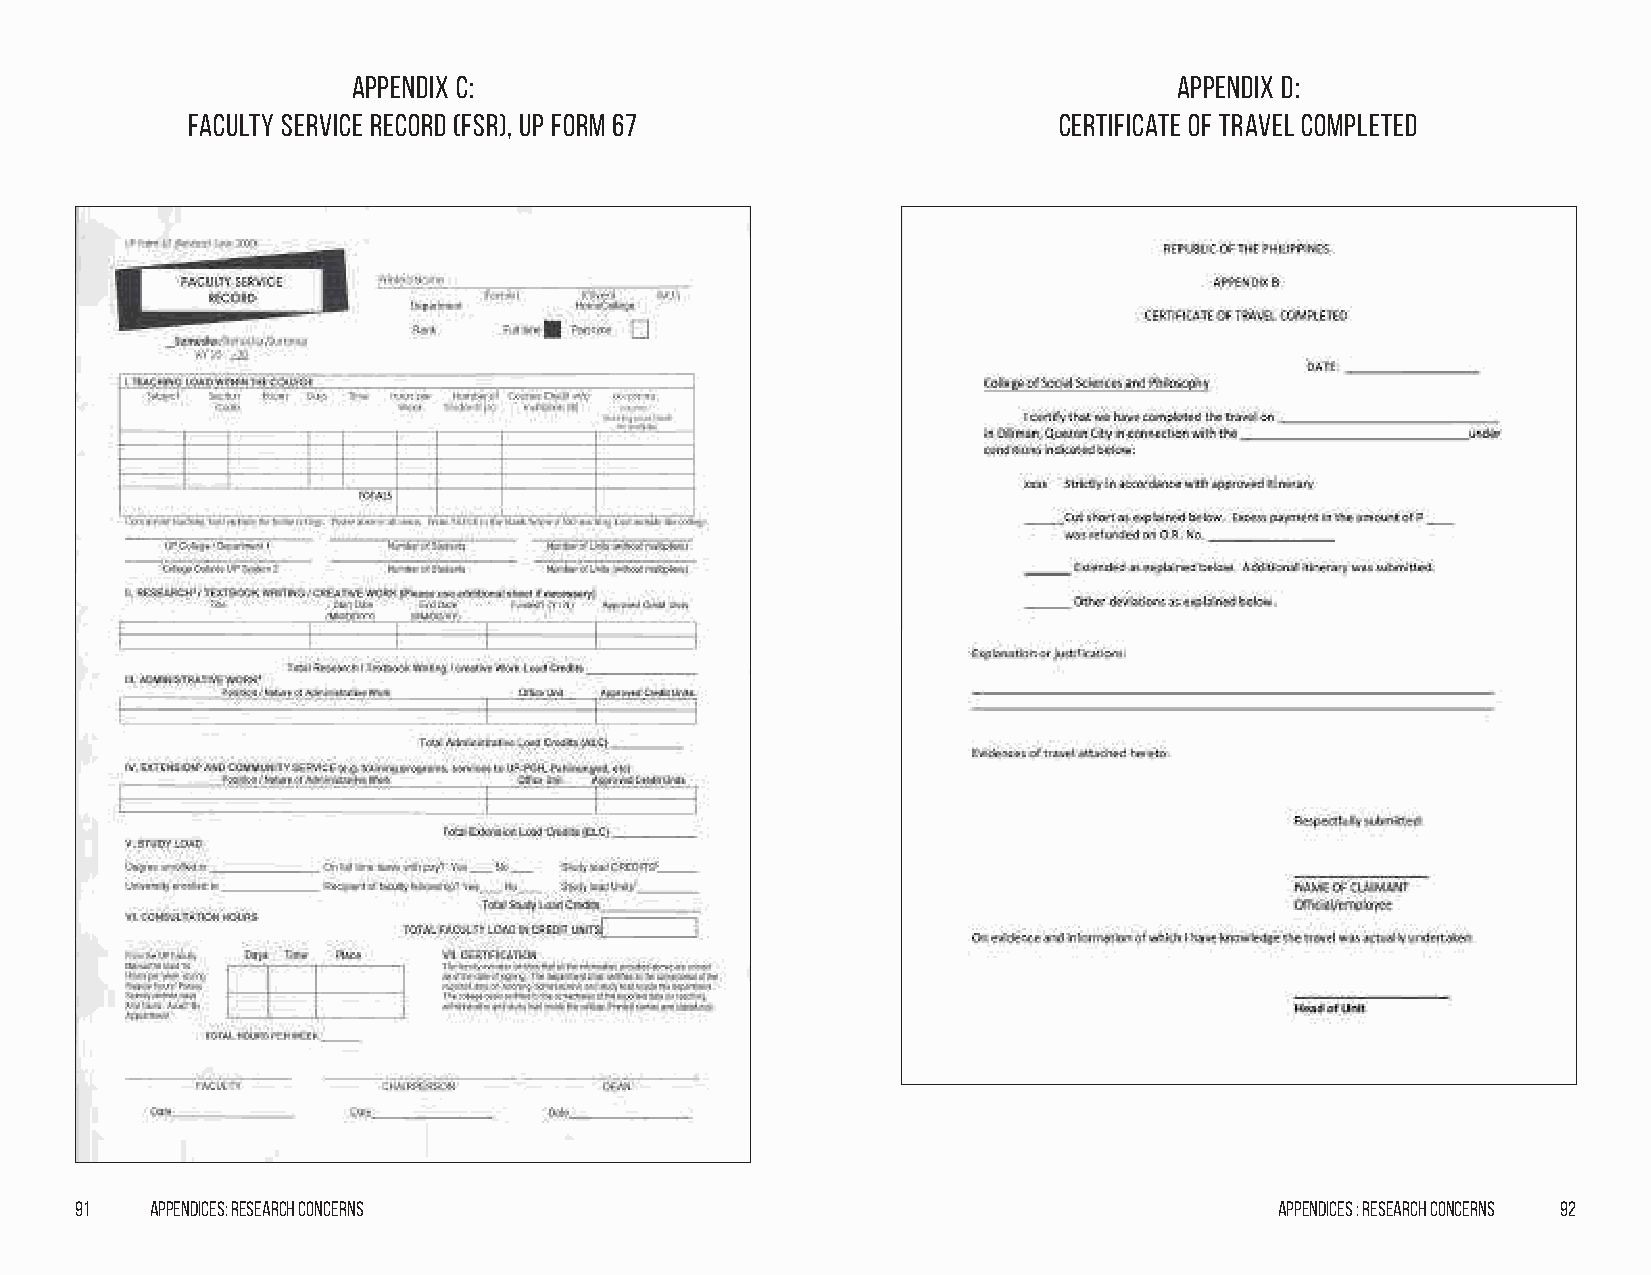
Appendix C:                                            Appendix D:
 Faculty Service Record (FSR), UP Form 67                  Certificate of Travel Completed
 91   Appendices: Research Concerns                                              Appendices : Research Concerns 92